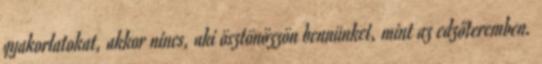
gyakorlatokat, akkor nincs, aki ösztönözzön bennünket, mint az edzőteremben.